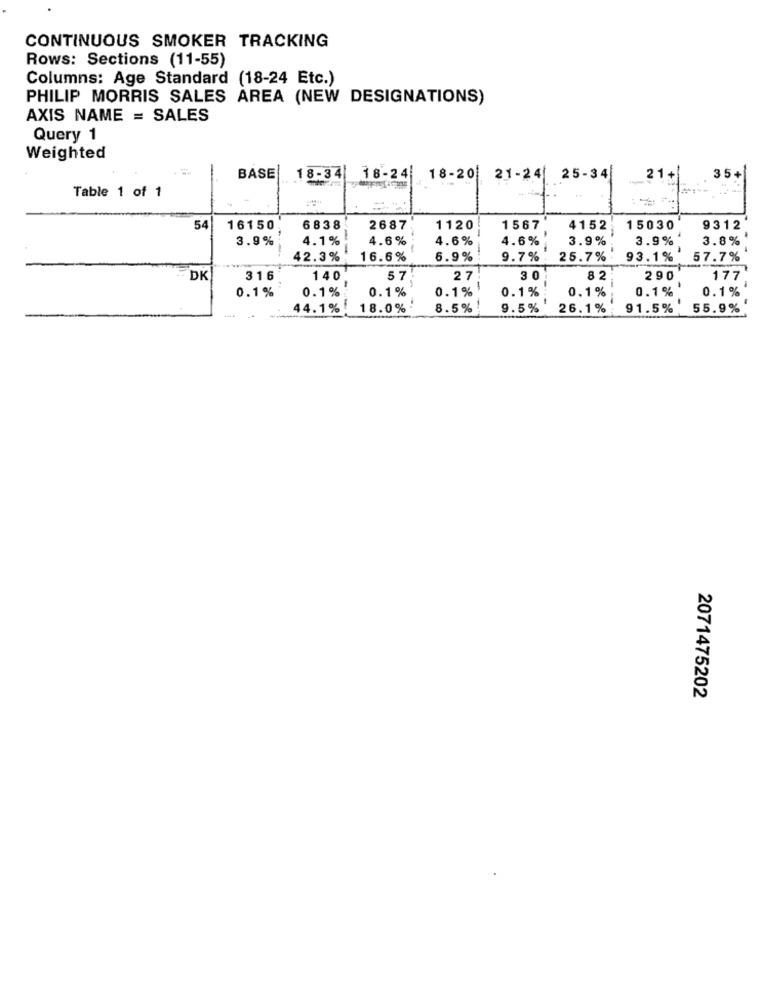
CONTINUOUS SMOKER TRACKING
Rows: Sections (11-55)
Columns: Age Standard (18-24 Etc.)
PHILIP MORRIS SALES AREA (NEW DESIGNATIONS)
AXIS NAME = SALES
Query 1
Weighted
-
BASE
18-34 18-24 18-20 21-24 25-34
21+
35+
Table 1 of 1
54
16150
6838
2687
1120
1567
4152
15030
9312
3.9%
4.1%
4.6%
4.6%
4.6%
3.9%
3.9%
3.8%
42.3%
16.6%
6.9%
9.7%
25.7%
93.1%
57.7%
DK
316
140
57
27
30
82
290
177
0.1%
0.1%
0.1%
0.1%
0.1%
0.1%
0.1%
0.1%
44.1%!
18.0%
8.5% !
9.5%
26.1%
91.5% 55.9%
2071475202